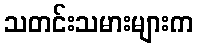
သတင်းသမားများက